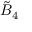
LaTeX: { \tilde { B } } _ { 4 }